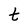
Character: t